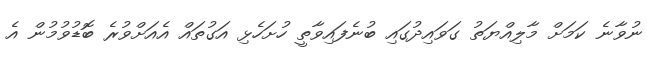
ނުވާނެ ކަމަށް މާލިއްޔަތު ގަވައިދުގައި ބުނެފައިވާތީ ހުށަހެޅި އަގުތައް އެއަށްވުރެ ބޮޑުވުމުން އެ